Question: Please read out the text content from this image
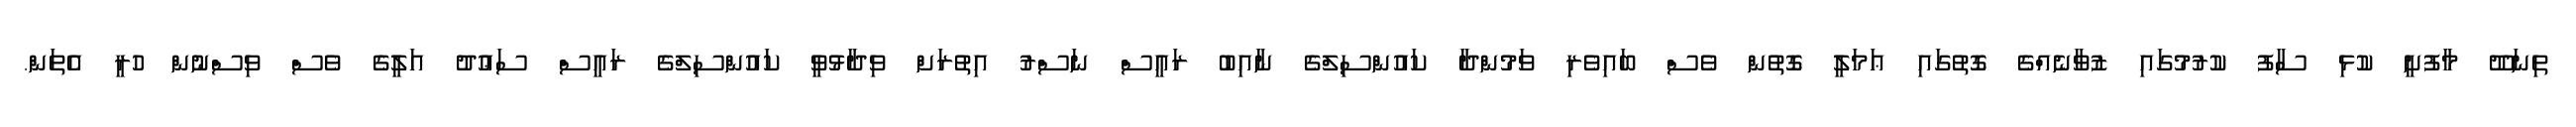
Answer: ތިނަދޫ މާފުށީ ކުޅި ސާފު ކުރުމުގައި ޒުވާނެއްގެ ގޮތުގައި ޢަމަލީ ގޮތުން ވެސް ބައިވެރި ވަމުންދާ ކައުންސިލްގެ ނާއިބު ރައީސް ނަސްރު އިތުރަށް ވިދާޅުވީ ކައުންސިލްގެ ރައީސް ސަޢުދު އަލީގެ ވެސް ވިސްނުން ހުރީ އެތަން.